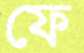
ফে